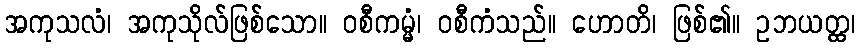
အကုသလံ၊ အကုသိုလ်ဖြစ်သော။ ဝစီကမ္မံ၊ ဝစီကံသည်။ ဟောတိ၊ ဖြစ်၏။ ဥဘယတ္ထ၊